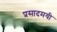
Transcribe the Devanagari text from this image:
प्रसादमयी